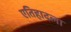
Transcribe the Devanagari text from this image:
एतिहादला